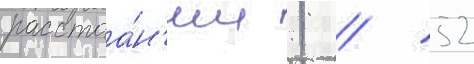
расстоа́н'ии 1 / 52